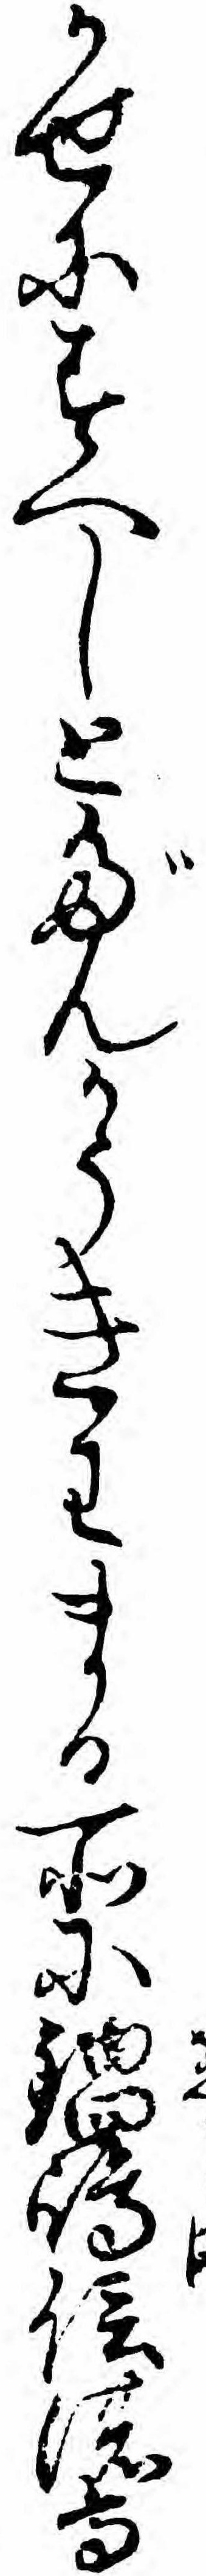
かせにすへしとだんかうきわまる所に鍋島信濃守